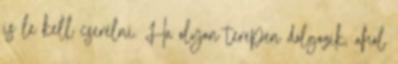
is le kell cserélni. Ha olyan terepen dolgozik, ahol